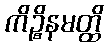
ကိဉ္စိနမတ္ထိ